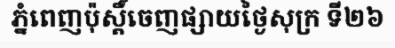
ភ្នំពេញប៉ុស្តិ៍ចេញផ្សាយថ្ងៃសុក្រ ទី២៦